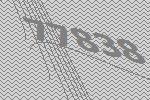
77838